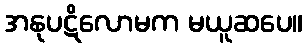
အနုပဋိလောမက မယူဆပေ။